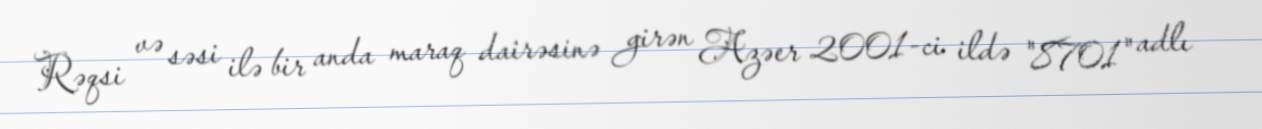
Rəqsi və səsi ilə bir anda maraq dairəsinə girən Azəer 2001-ci ildə "8701" adlı